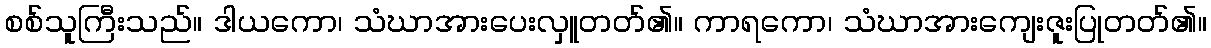
စစ်သူကြီးသည်။ ဒါယကော၊ သံဃာအားပေးလှူတတ်၏။ ကာရကော၊ သံဃာအားကျေးဇူးပြုတတ်၏။